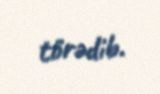
törədib.